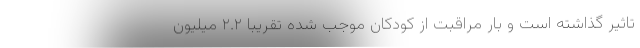
تاثیر گذاشته است و بار مراقبت از کودکان موجب شده تقریبا ۲.۲ میلیون